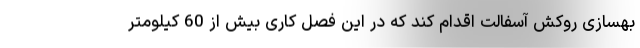
بهسازی روکش آسفالت اقدام کند که در این فصل کاری بیش از 60 کیلومتر